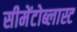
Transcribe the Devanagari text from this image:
सीमेंटोब्लास्ट